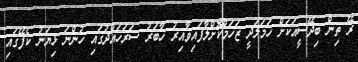
ރޭ ތިން ބިދޭސީއަކަށް ހަމަލަދީ ޒަހަމްކޮށްލާފައިވާއިރު ހާބަރު ސަރަހައްދުގައި ހުންނަ ޅިޔަނު ކެފޭގައި